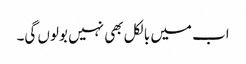
اب میں بالکل بھی نہیں بولوں گی۔